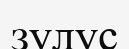
зулус